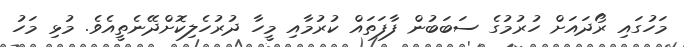
މަހުގައި ރޯދައަށް ހުރުމުގެ ސަބަބުން ފާފަތައް ކުރުމާއި މީހާ ދުރުހެލިކޮށްދޭނެތީއެވެ. މުޅި މަހު